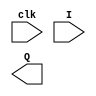
`timescale 1ns / 1ps
//////////////////////////////////////////////////////////////////////////////////
// Company: 
// Engineer: 
// 
// Design Name: 
// Module Name: comparer_storage_elements
// Project Name: 
// Target Devices: 
// Tool Versions: 
// Description: 
// 
// Dependencies: 
// 
// Revision:
// Revision 0.01 - File Created
// Additional Comments:
// 
//////////////////////////////////////////////////////////////////////////////////

//parametrized simple register
//N says howw many registers of FLip Flops there are
module simple_register
    #(parameter N = 4)(
        input clk,
        input [N-1:0] I,
        output [N-1:0] Q
    );
    
    
    
    //behavioral way
    reg [N-1:0] Q_reg, Q_next;
    always@(posedge clk)
    begin
        Q_reg <= Q_next;
    end
    
    always@(I)
    begin
        Q_next = I;
    end
    
    assign A = Q_reg;
    
    /*
    //replicated structure so we do the following
    genvar k;
    generate
        for (k = 0; k < N;  k = k+1)
        begin: FF
            D_FF_rest(
                .clk(clk),
                .D(I[k]),
                .Q(Q[k]),
                .reset_n(),
                .clear_n()
            );
        end
    endgenerate
    */
endmodule